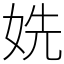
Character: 姺